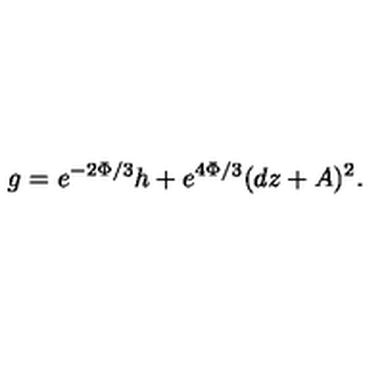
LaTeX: g = e ^ { - 2 \Phi / 3 } h + e ^ { 4 \Phi / 3 } ( d z + A ) ^ { 2 } .